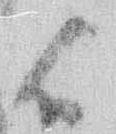
候